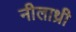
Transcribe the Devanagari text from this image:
नीलाथ्री